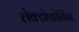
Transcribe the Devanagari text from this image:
लेक्टोफोर्मिन